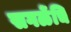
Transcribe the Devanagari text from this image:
सगळेंचि